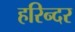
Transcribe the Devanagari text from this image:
हरिन्दर